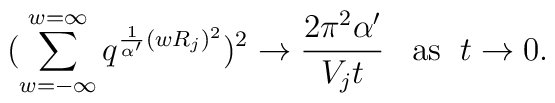
(\sum_{w=-\infty}^{w=\infty}q^{\frac{1}{\alpha'}(w R_j)^2})^2\rightarrow  \frac{2\pi^2  \alpha  '  }{V_j t}\;\;\;  {\rm as}  \;\;  t\rightarrow 0.